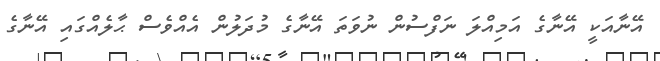
އޭނާއަކީ އޭނާގެ އަމިއްލަ ނަފްސުން ނުވަތަ އޭނާގެ މުދަލުން އެއްވެސް ޙާލެއްގައި އޭނާގެ